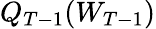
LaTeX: Q_{T-1}(W_{T-1})